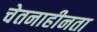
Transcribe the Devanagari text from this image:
चेतनाहीनता